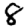
Digit: 8